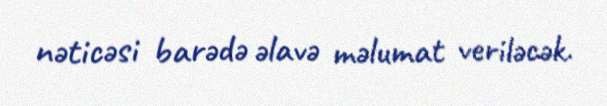
nəticəsi barədə əlavə məlumat veriləcək.